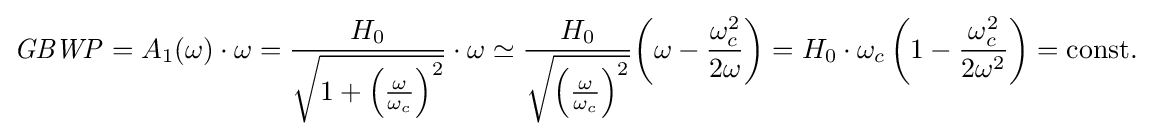
{\mathit {GBWP}}={A_{1}}(\omega )\cdot \omega ={\frac {H_{0}}{\sqrt {1+{{\left({\frac {\omega }{\omega _{c}}}\right)}^{2}}}}}\cdot \omega \simeq {\frac {H_{0}}{\sqrt {{\left({\frac {\omega }{\omega _{c}}}\right)}^{2}}}}{\left(\omega -{\frac {\omega _{c}^{2}}{2\omega }}\right)}={H_{0}}\cdot {\omega _{c}}\left(1-{\frac {\omega _{c}^{2}}{2\omega ^{2}}}\right)=\mathrm {const.}